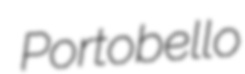
Portobello